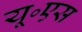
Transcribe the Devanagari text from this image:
यू॰एस